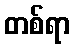
တစ်ရာ